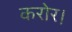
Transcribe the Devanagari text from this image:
करोर।